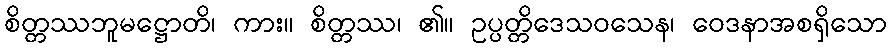
စိတ္တဿဘူမဋ္ဌောတိ၊ ကား။ စိတ္တဿ၊ ၏။ ဥပ္ပတ္တိဒေသဝသေန၊ ဝေဒနာအစရှိသော